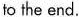
to the end.